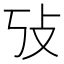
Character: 𰕃